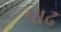
પાઢ